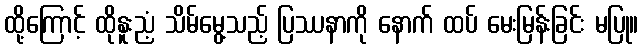
ထို့ကြောင့် ထိုနူးညံ့ သိမ်မွေ့သည့် ပြဿနာကို နောက် ထပ် မေးမြန်းခြင်း မပြု။